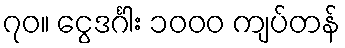
၇၀။ ငွေဒင်္ဂါး ၁၀၀၀ ကျပ်တန်